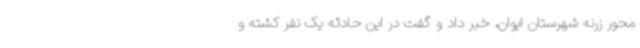
محور زرنه شهرستان ایوان، خبر داد و گفت در این حادثه یک نفر کشته و